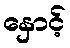
နှောင့်